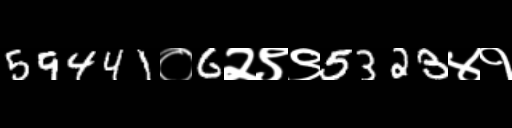
Text: 59441०6२९९5323४१